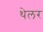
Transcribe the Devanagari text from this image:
थेलर